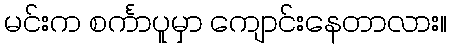
မင်းက စင်္ကာပူမှာ ကျောင်းနေတာလား။